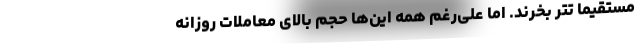
مستقیما تتر بخرند. اما علی‌رغم همه این‌ها حجم بالای معاملات روزانه